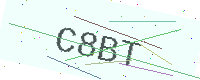
Text: C8BT